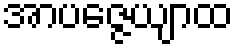
အာပဇ္ဇေယျာထ